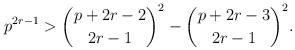
\begin{align*}p^{2r-1}>\binom{p+2r-2}{2r-1}^2-\binom{p+2r-3}{2r-1}^2.\end{align*}